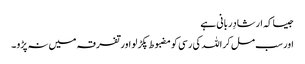
جیسا کہ ارشادِربانی ہے
اور سب مل کر اللہ کی رسی کو مضبوط پکڑ لو اور تفرقہ میں نہ پڑو ۔